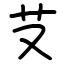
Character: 𦫿